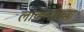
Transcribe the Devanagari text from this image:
लोकतंत्राच्या